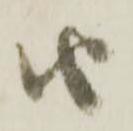
由